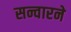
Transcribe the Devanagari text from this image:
सन्वारने